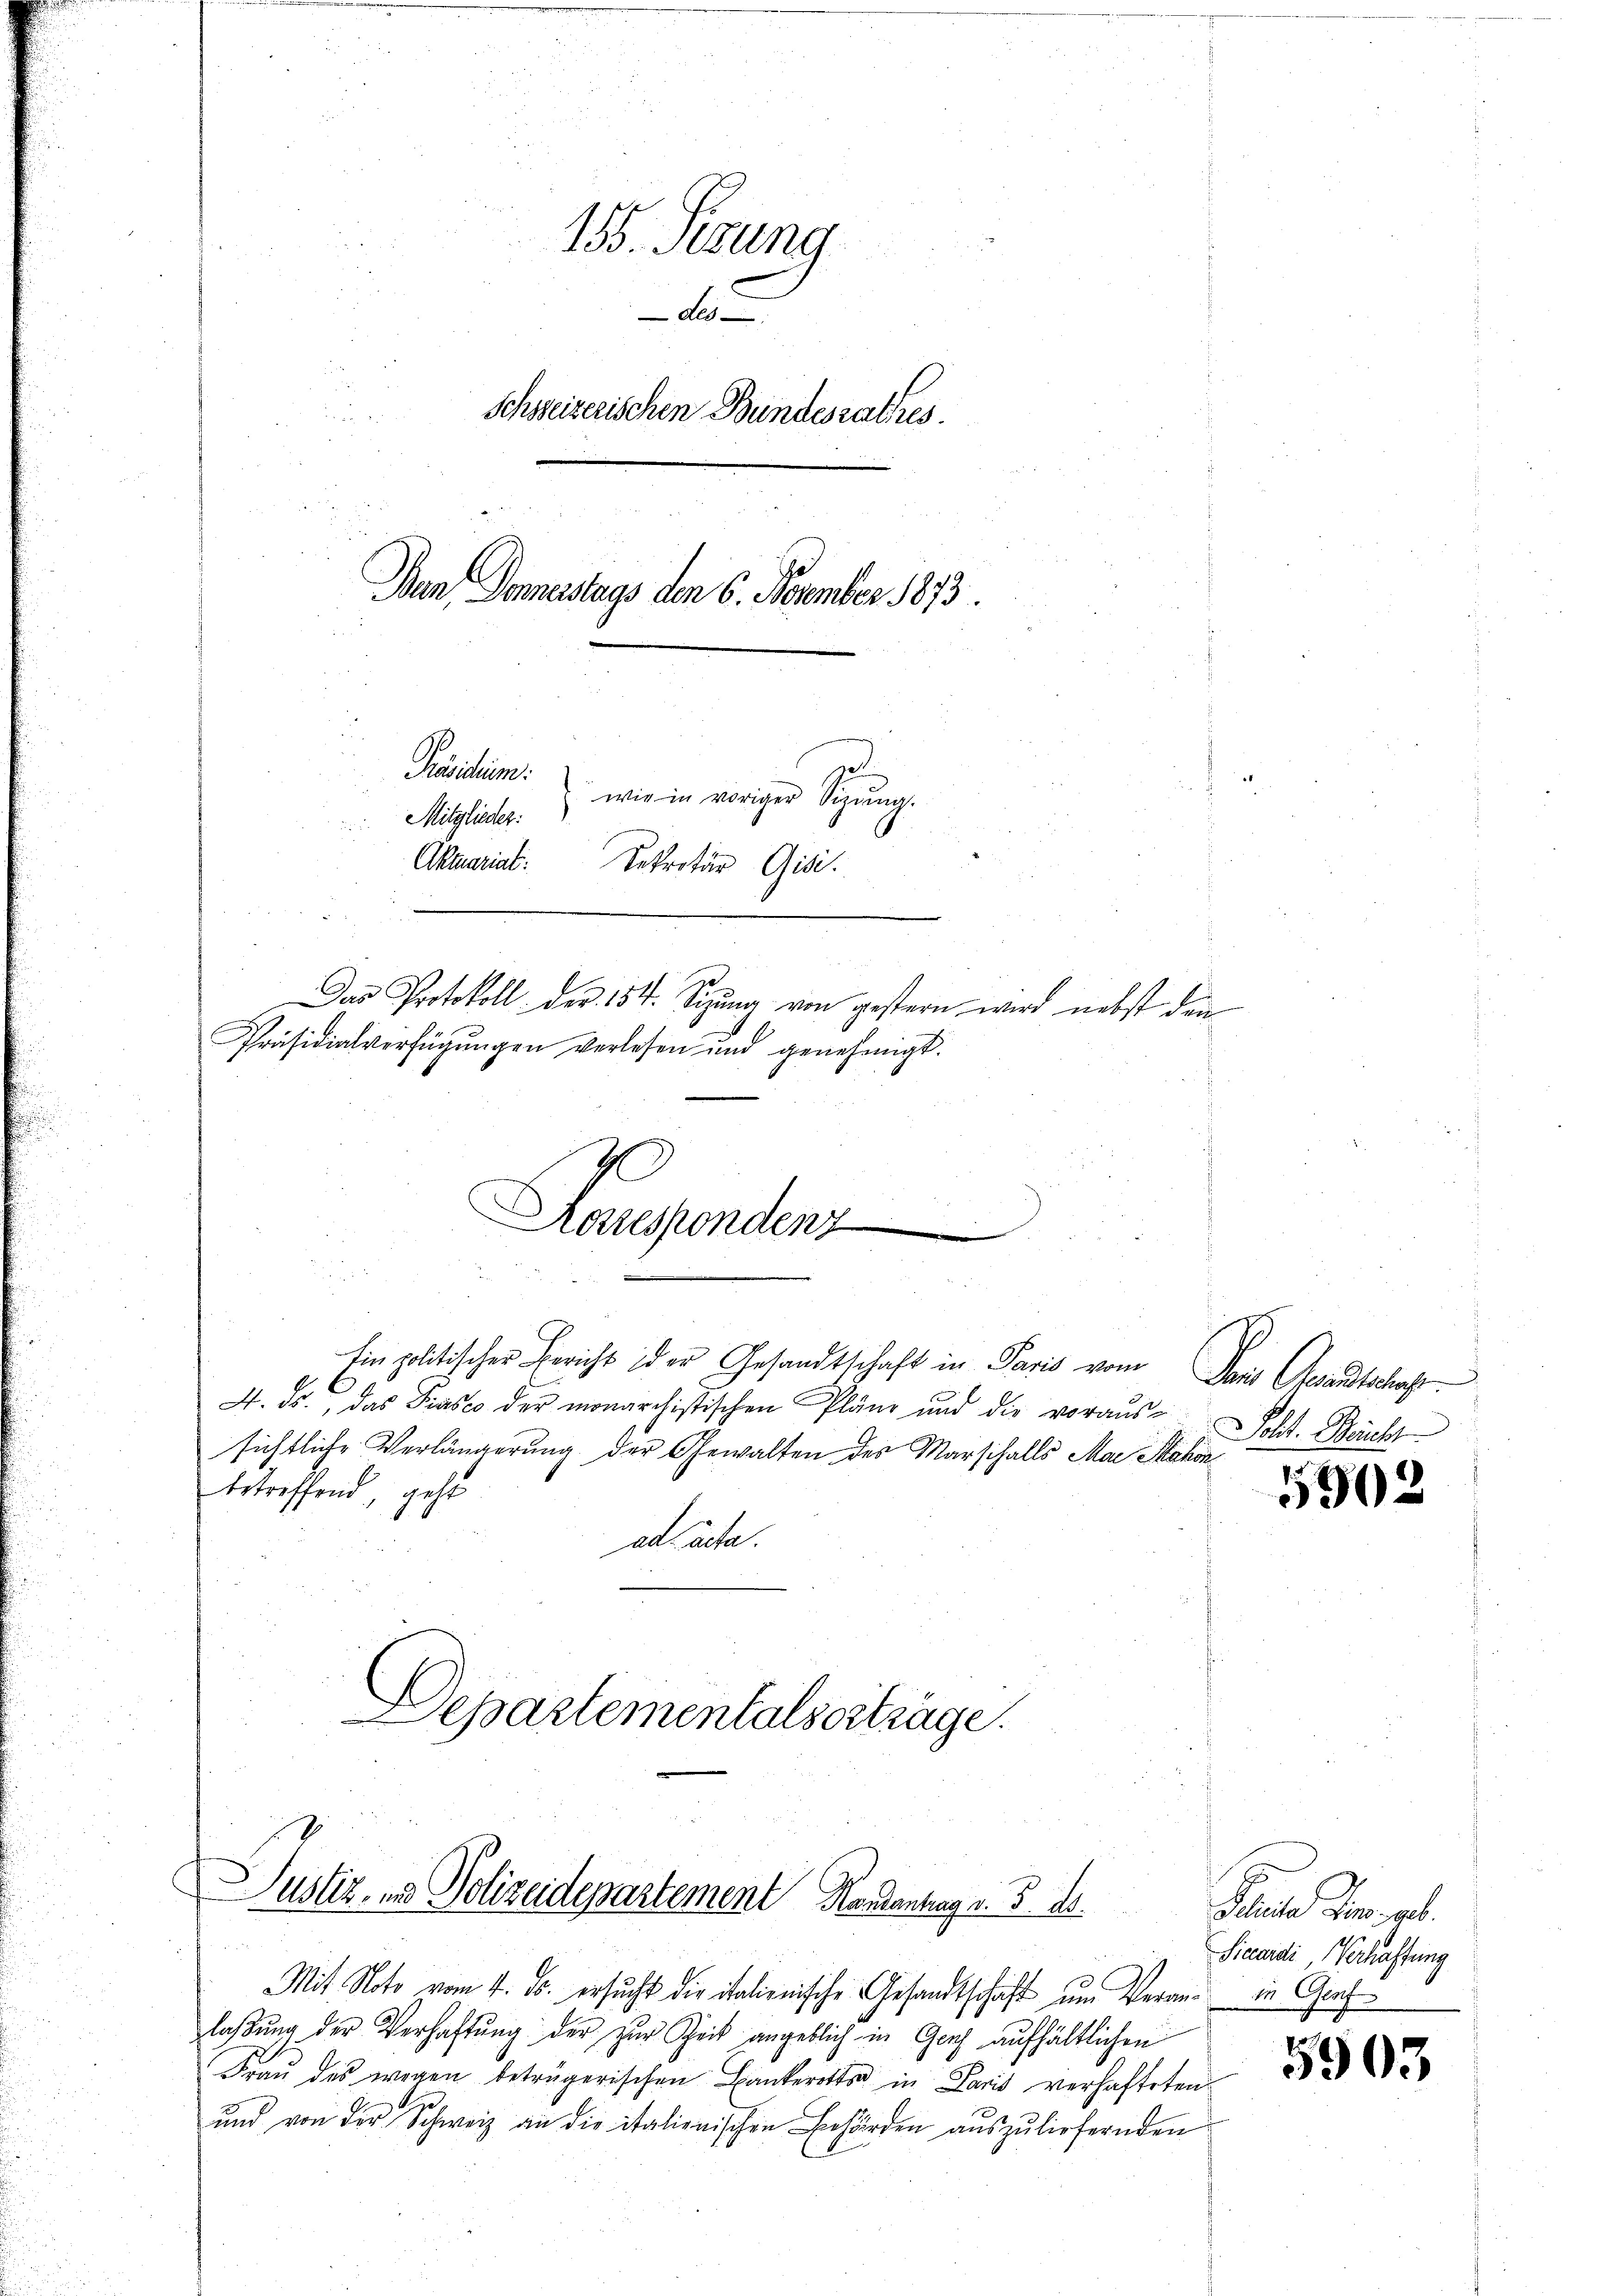
155. Sizung
2
Schweizerischen Bundesrathes.
Ban Donnerstags den 6. November 1873.
Präsidium
wie in voriger Sigŭng.
Mitglieder.
Aktuariat
Sekretär Gisi.
Das Protokoll der 154. Sitzung von gestern wird nebst den
Präsidialverfügungen verlesen und genehmigt.

Rossespondent

Einpolitischer Erricht der Gesandtschaft in Paris vom Dans Gesandtschaft
4. ds., das Präses der monarchistischen Pläne und die voraus-
sichtliche Verlängerung der Gewalten des Marschalls Mai Makon
betreffend, geht
ad acte.
Justiz- und Polizeidepartement Kassantrag v. 5. ds.
Mit Noto vom 4. ds. ersucht die italienische Gesandtschaft um Veran in Graf
laßung der Verhaftung der zur Zeit angeblich in Genf aufhältlichen
Fraŭ des wegen betrügerischen Bankerotts in Paris verhafteten
und von der Schweiz an die italienischen Behörden auszuliefernden

Departementalserträge.

Soht. Bericht

5902

Freude der ab.
Sicardi, Verhaftung

5903